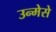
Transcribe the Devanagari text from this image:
उन्मेसे